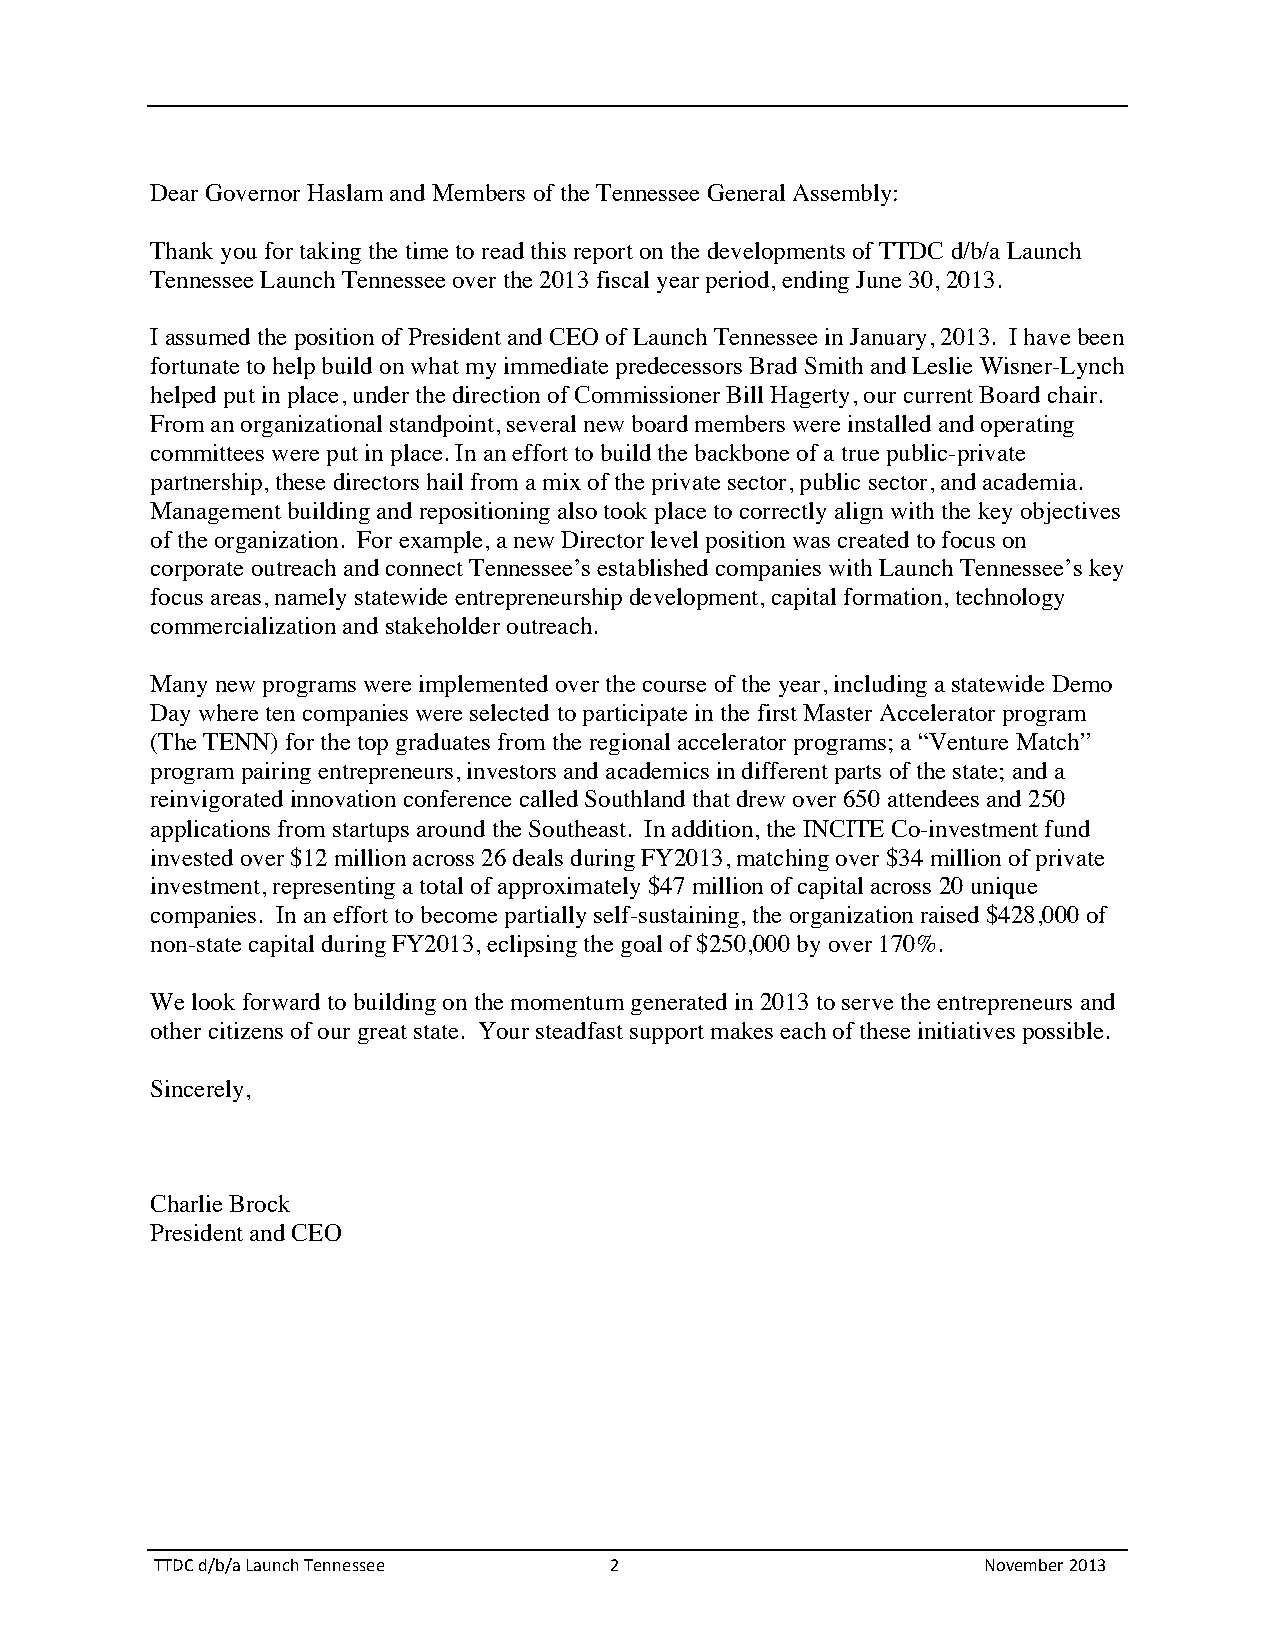
Dear Governor Haslam and Members of the Tennessee General Assembly:
 Thank you for taking the time to read this report on the developments of TTDC d/b/a Launch
 Tennessee Launch Tennessee over the 2013 fiscal year period, ending June 30, 2013.
 I assumed the position of President and CEO of Launch Tennessee in January, 2013. I have been
 fortunate to help build on what my immediate predecessors Brad Smith and Leslie Wisner-Lynch
 helped put in place, under the direction of Commissioner Bill Hagerty, our current Board chair.
 From an organizational standpoint, several new board members were installed and operating
 committees were put in place. In an effort to build the backbone of a true public-private
 partnership, these directors hail from a mix of the private sector, public sector, and academia.
 Management building and repositioning also took place to correctly align with the key objectives
 of the organization. For example, a new Director level position was created to focus on
 corporate outreach and connect Tennessee’s established companies with Launch Tennessee’s key
 focus areas, namely statewide entrepreneurship development, capital formation, technology
 commercialization and stakeholder outreach.
 Many new programs were implemented over the course of the year, including a statewide Demo
 Day where ten companies were selected to participate in the first Master Accelerator program
 (The TENN) for the top graduates from the regional accelerator programs; a “Venture Match”
 program pairing entrepreneurs, investors and academics in different parts of the state; and a
 reinvigorated innovation conference called Southland that drew over 650 attendees and 250
 applications from startups around the Southeast. In addition, the INCITE Co-investment fund
 invested over $12 million across 26 deals during FY2013, matching over $34 million of private
 investment, representing a total of approximately $47 million of capital across 20 unique
 companies. In an effort to become partially self-sustaining, the organization raised $428,000 of
 non-state capital during FY2013, eclipsing the goal of $250,000 by over 170%.
 We look forward to building on the momentum generated in 2013 to serve the entrepreneurs and
 other citizens of our great state. Your steadfast support makes each of these initiatives possible.
 Sincerely,
 Charlie Brock
 President and CEO
 TTDC d/b/a Launch Tennessee   2                        November 2013